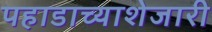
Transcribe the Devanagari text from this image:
पहाडाच्याशेजारी